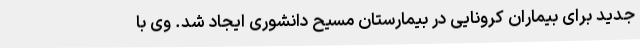
جدید برای بیماران کرونایی در بیمارستان مسیح دانشوری ایجاد شد. وی با